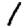
Digit: 1